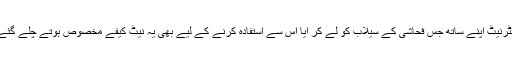
انٹرنیٹ اپنے ساتھ جس فحاشی کے سیلاب کو لے کر آیا اس سے استفادہ کرنے کے لیے بھی یہ نیٹ کیفے مخصوص ہوتے چلے گئے۔